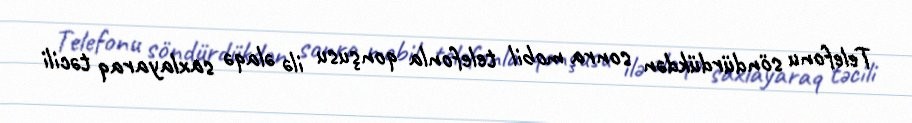
Telefonu söndürdükdən sonra mobil telefonla qonşusu ilə əlaqə saxlayaraq təcili